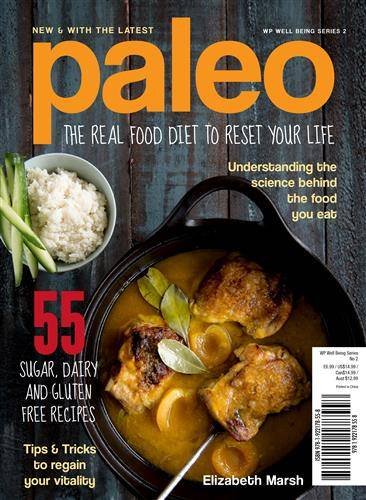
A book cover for Paleo: The Real Food Diet to Reset Your Life; Elizabeth Marsh; Health, Fitness & Dieting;